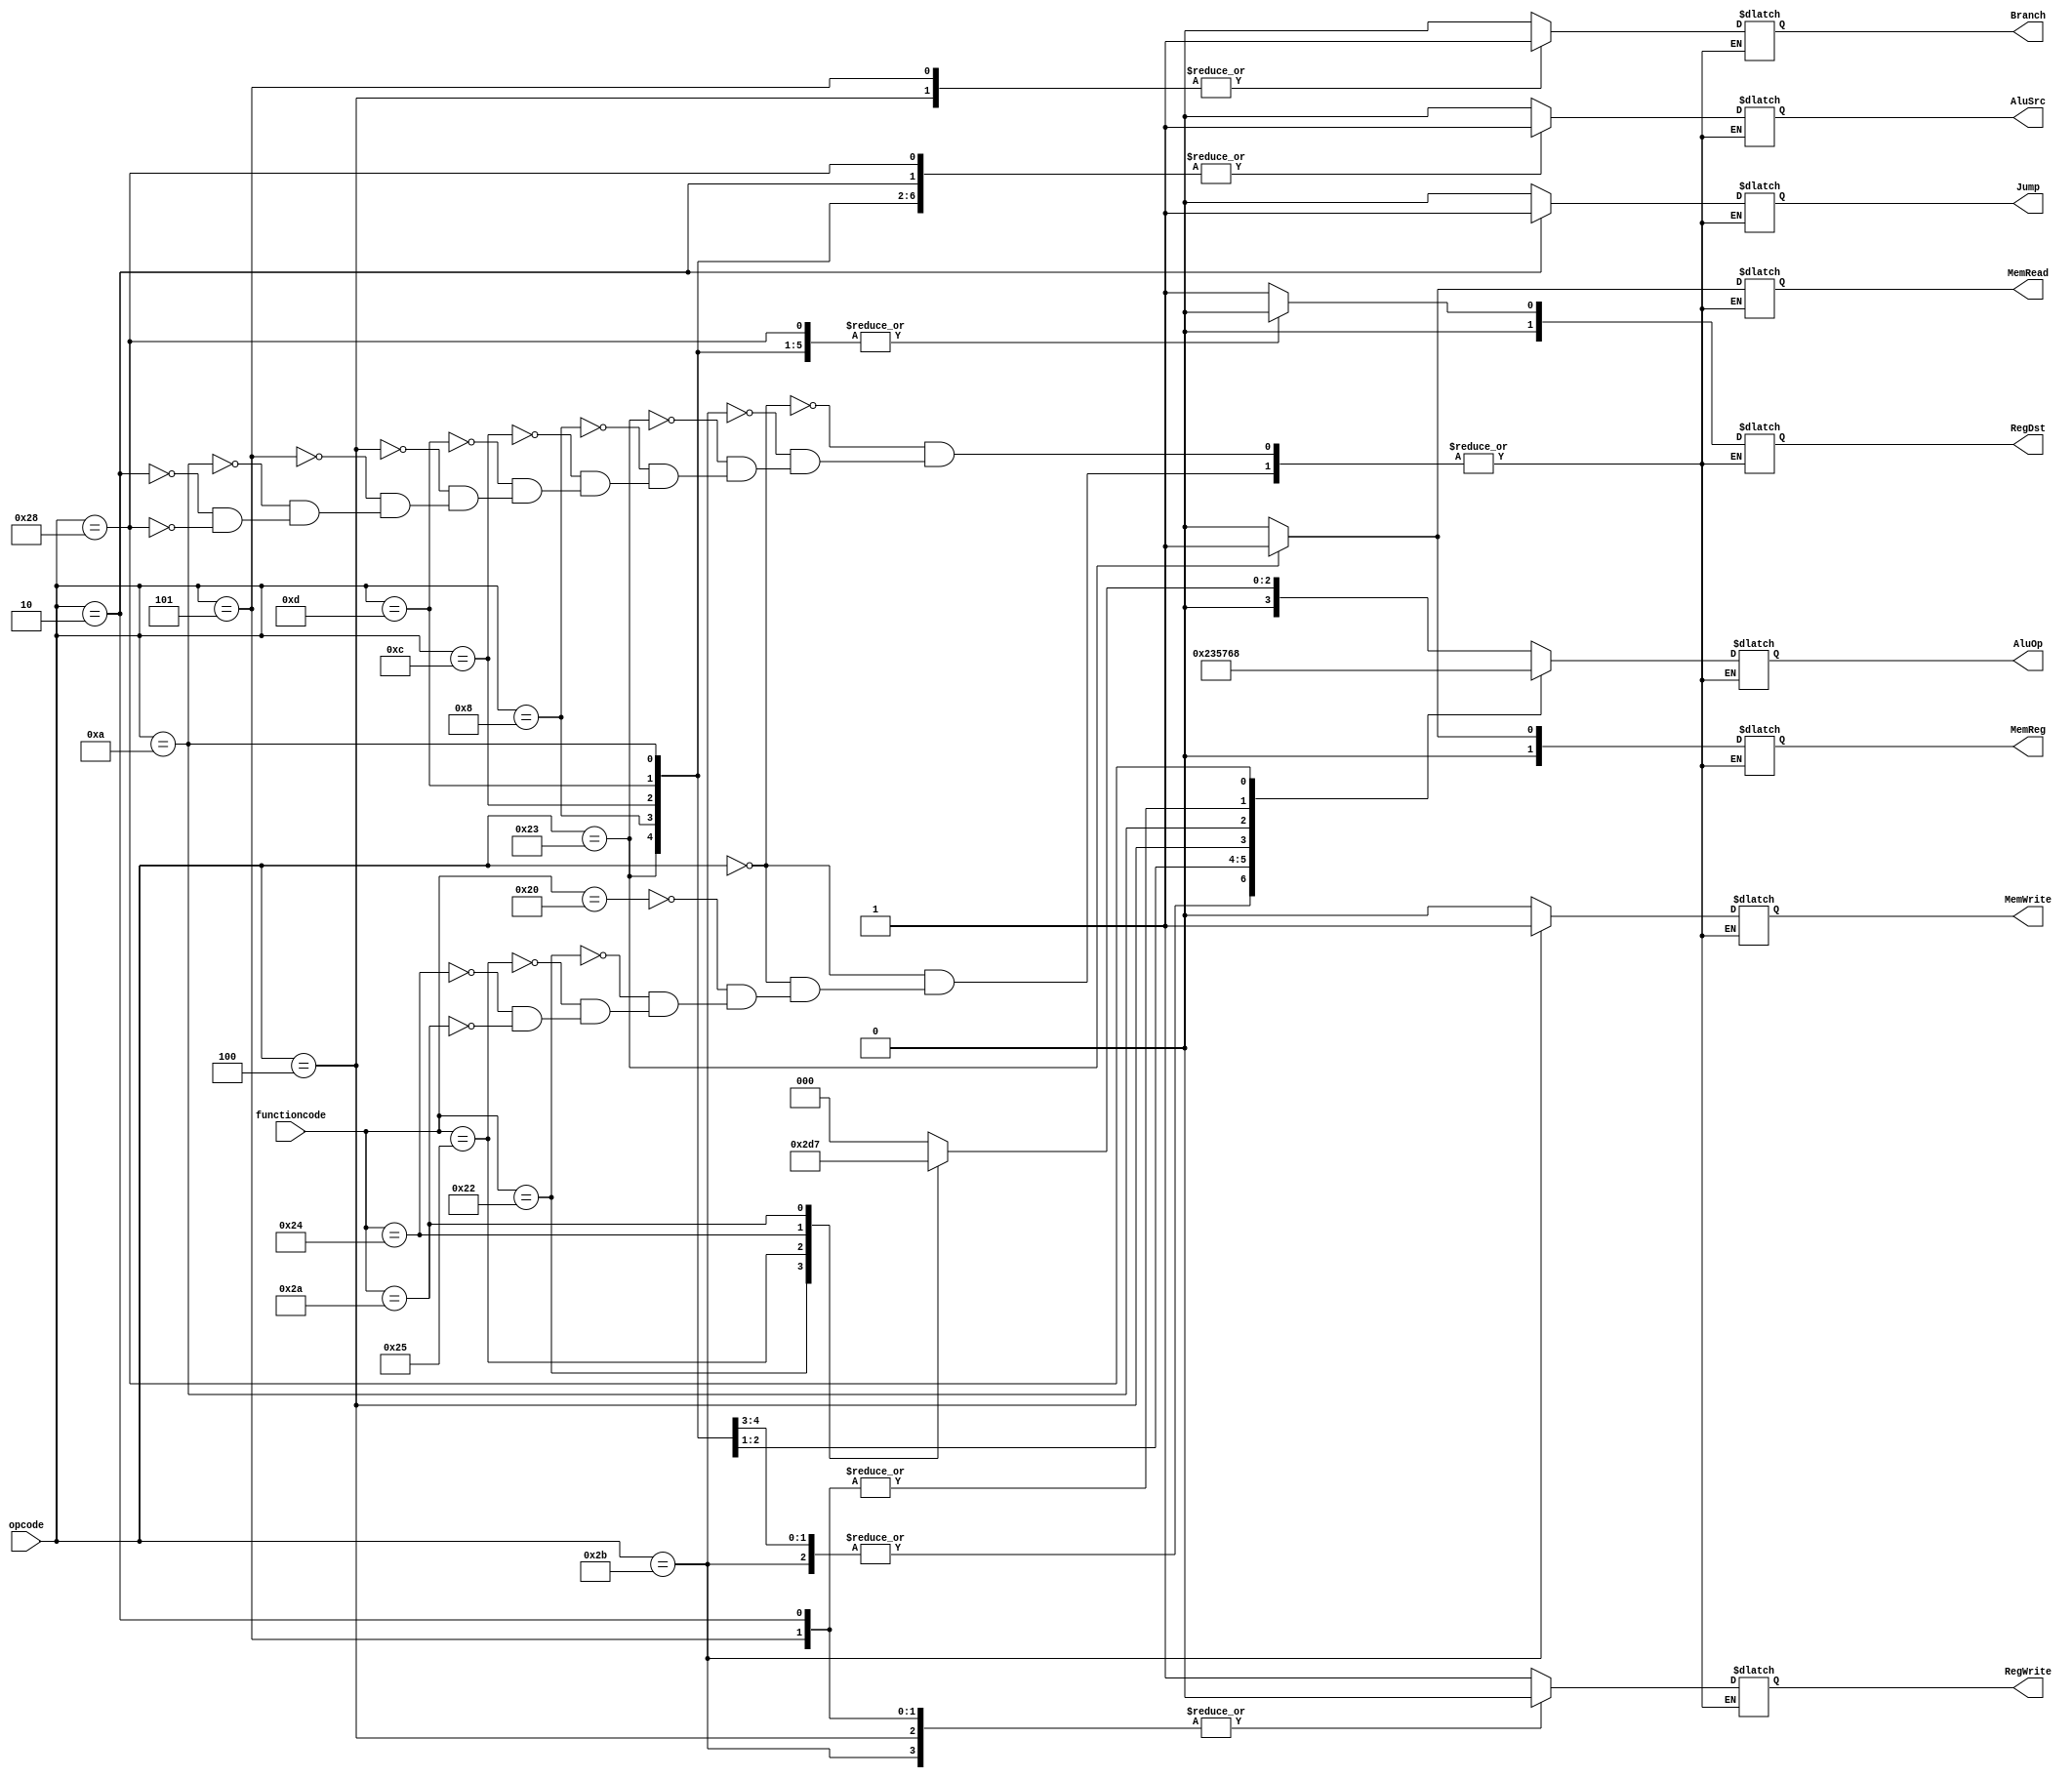
module control(input[5:0] opcode,functioncode,output reg [1:0]RegDst,output reg Jump,Branch,MemRead,output reg [1:0]MemReg,output reg AluSrc,RegWrite,MemWrite,output reg[3:0] AluOp );
  always @ *begin
    case (opcode)
      6'b000000 :
      begin
      case(functioncode)
      6'b100000:
      begin
      RegDst = 2'd1; // ADD
      Jump = 0;
      Branch = 0;
      MemRead = 0;
      MemReg = 0; 
      AluOp = 4'b0000;
      AluSrc = 0;
      RegWrite =1;
      MemWrite = 0;
      end
      6'b100010 :
      begin 
      RegDst = 2'd1; // SUB
      Jump = 0;
      Branch = 0;
      MemRead = 0;
      MemReg = 0; 
      AluOp = 4'b0001;
      AluSrc = 0;
      RegWrite =1;
      MemWrite = 0;
      end
      6'b100101 :
      begin 
      RegDst = 2'd1; // OR
      Jump = 0;
      Branch = 0;
      MemRead = 0;
      MemReg = 0; 
      AluOp = 4'b0011;
      AluSrc = 0;
      RegWrite =1;
      MemWrite = 0;
      end
      6'b100100 :
      begin 
      RegDst = 2'd1; // AND
      Jump = 0;
      Branch = 0;
      MemRead = 0;
      MemReg = 0; 
      AluOp = 4'b0010;
      AluSrc = 0;
      RegWrite =1;
      MemWrite = 0;
      end  
      6'b101010 :
      begin 
      RegDst = 2'd1; // SLT
      Jump = 0;
      Branch = 0;
      MemRead = 0;
      MemReg = 0; 
      AluOp = 4'b0111;
      AluSrc = 0;
      RegWrite =1;
      MemWrite = 0;
      end
    endcase
    end
      6'b101011 :begin RegDst = 2'd1; // SW
      Jump = 0;
      Branch = 0;
      MemRead = 0;
      MemReg = 0; 
      AluOp = 4'b0000;
      AluSrc = 1;
      RegWrite =0;
      MemWrite = 1;
    end
      6'b100011 :begin RegDst = 2'd0; // LW
      Jump = 0;
      Branch = 0;
      MemWrite = 0;
      MemRead = 1;
      MemReg = 1; 
      AluOp = 4'b0000;
      AluSrc = 1;
      RegWrite = 1;     
    end
      6'b001000 :begin RegDst = 2'd0; // ADDI
      Jump = 0;
      Branch = 0;
      MemRead = 0;
      MemReg = 0; 
      AluOp = 4'b0000;
      AluSrc = 1;
      RegWrite =1;
      MemWrite = 0;
    end
      6'b001100 :begin RegDst = 2'd0; // ANDI
      Jump = 0;
      Branch = 0;
      MemRead = 0;
      MemReg = 0; 
      AluOp = 4'b0010;
      AluSrc = 1;
      RegWrite =1;
      MemWrite = 0;
    end
      6'b001101 :begin RegDst = 2'd0; // ORI
      Jump = 0;
      Branch = 0;
      MemRead = 0;
      MemReg = 0; 
      AluOp = 4'b0011;
      AluSrc = 1;
      RegWrite =1;
      MemWrite = 0;
    end
      6'b000100 :begin RegDst = 2'd1; // BEQ
      Jump = 0;
      Branch = 1;
      MemRead = 0;
      MemReg = 0; 
      AluOp = 4'b0101;
      AluSrc = 0;
      RegWrite =0;
      MemWrite = 0;
    end
      6'b000101 :begin RegDst = 2'd1; // BNE
      Jump = 0;
      Branch = 1;
      MemRead = 0;
      MemReg = 0; 
      AluOp = 4'b0110;
      AluSrc = 0;
      RegWrite =0;
      MemWrite = 0;
    end
      6'b001010 :begin 
      RegDst = 2'd0; // SLTI
      Jump = 0;
      Branch = 0;
      MemRead = 0;
      MemReg = 0; 
      AluOp = 4'b0111;
      AluSrc = 1;
      RegWrite =1;
      MemWrite = 0;
    end
     6'b000010:begin
      RegDst = 2'd1; // JUMP
      Jump = 1;
      Branch = 0;
      MemRead = 0;
      MemReg = 0; 
      AluOp = 4'b0110;
      AluSrc = 1;
      RegWrite =0;
      MemWrite = 0;
    end
    6'b101000:begin
      RegDst = 2'd0; // SLL
      Jump = 0;
      Branch = 0;
      MemRead = 0;
      MemReg = 0; 
      AluOp = 4'b1000;
      AluSrc = 1;
      RegWrite =1;
      MemWrite = 0;
    end
    6'b101000:begin
      RegDst = 2'd2; // JAL
      Jump = 1;
      Branch = 0;
      MemRead = 0;
      MemReg = 2'd2; 
      AluOp = 4'b1000;
      AluSrc = 1;
      RegWrite =1;
      MemWrite = 0;
    end
    6'b101000:begin
      RegDst = 2'd2; // jalr
      Jump = 1;
      Branch = 0;
      MemRead = 0;
      MemReg = 2'd2; 
      AluOp = 4'b1000;
      AluSrc = 1;
      RegWrite =1;
      MemWrite = 0;
    end
    6'b101000:begin
      RegDst = 2'd0; // jr
      Jump = 1;
      Branch = 0;
      MemRead = 0;
      MemReg = 0; 
      AluOp = 4'b1000;
      AluSrc = 1;
      RegWrite =0;
      MemWrite = 0;
    end
    
    endcase
    end
endmodule
module tbcontrol();
  
  wire RegDst,Jump,Branch,MemRead,MemReg,AluSrc,RegWrite,MemWrite;
  wire [3:0] Aluop;
  wire [5:0] opcode;
  control cnt(opcode,RegDst,Jump,Branch,MemRead,MemReg,AluSrc,RegWrite,MemWrite,Aluop );
  
  
endmodule